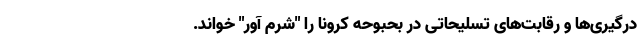
درگیری‌ها و رقابت‌های تسلیحاتی در بحبوحه کرونا را "شرم آور" خواند.